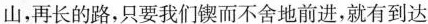
山，再长的路，只要我们锲而不舍地前进，就有到达